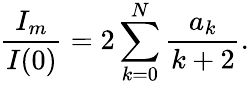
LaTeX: {\frac{I_{m}}{I(0)}}=2\sum_{k=0}^{N}{\frac{a_{k}}{k+2}}.